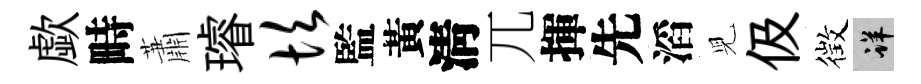
歔畤蕭璿坎監黃淸兀揮先滔児伋徴详